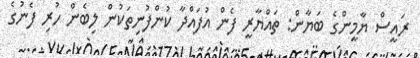
ރައީސް ޔާމީންގެ ބަޔާން: ތައްޔާރީ ފެން އުފައްދާ ކުންފުނިތަކުން ލިބެން ހުރި ފެނުގެ